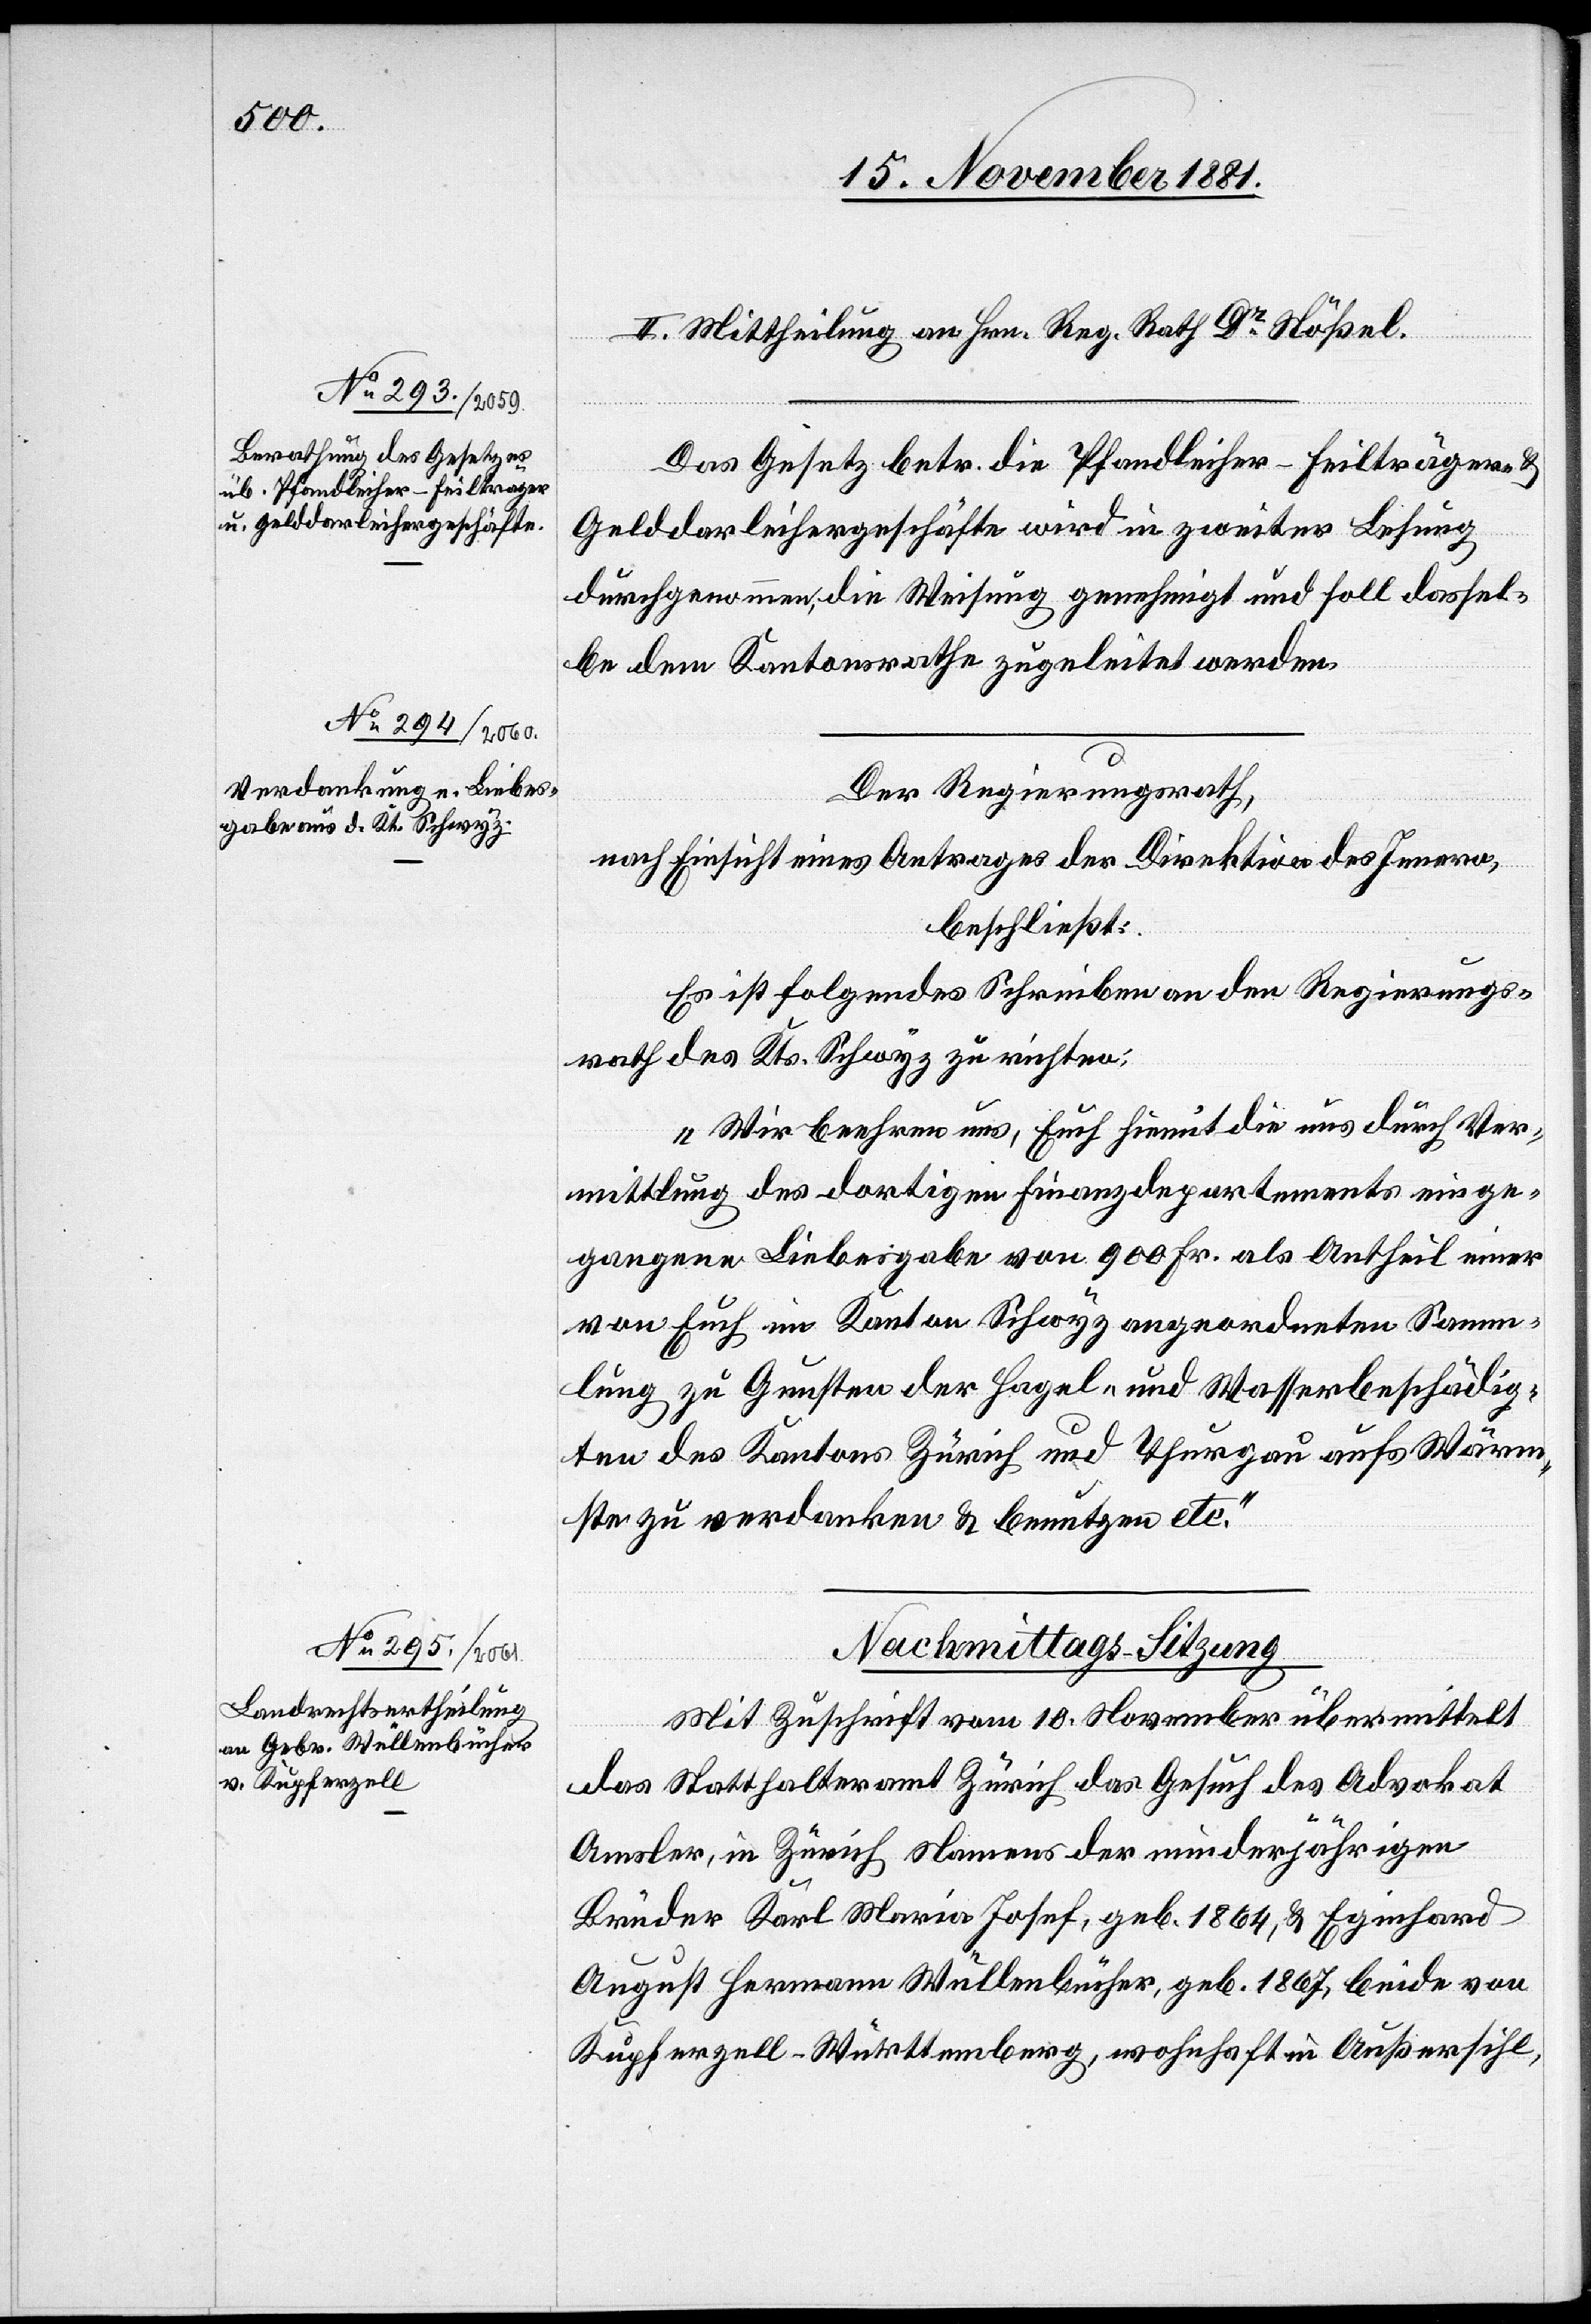
II. Mittheilung an Hrn. Reg. Rath Dr Stößel.
Das Gesetz betr. die Pfandleiher-Feilträger- &
Gelddarleihergeschäfte wird in zweiter Lesung
durchgenommen, die Weisung genehmigt und soll dassel¬
be dem Kantonsrathe zugeleitet werden.
Der Regierungsrath,
nach Einsicht eines Antrages der Direktion des Innern,
beschließt:
Es ist folgendes Schreiben an den Regierungs¬
rath des Kts. Schwyz zu richten:
„Wir beehren uns, Euch hiemit die aus durch Ver¬
mittlung des dortigen Finanzdepartements einge¬
gangenen Liebesgabe von 900 Fr. als Antheil einer
von Euch im Kanton Schwyz angeordneten Samm¬
lung zu Gunsten der Hagel- und Wasserbeschädig¬
ten des Kantons Zürich und Thurgau aufs Wärm¬
ste zu verdanken & benutzen etc.“
Mit Zuschrift vom 10. November übermittelt
das Statthalteramt Zürich das Gesuch des Advokat
Amsler, in Zürich Namens der minderjährigen
Brüder Karl Maria Josef, geb. 1864, & Eginhard
August Hermann Wüllenbücher, geb. 1867, beide von
Kupferzell - Württemberg, wohnhaft in Außersihl,